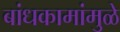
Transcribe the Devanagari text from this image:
बांधकामांमुळे